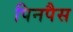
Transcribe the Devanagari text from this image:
पिनपैस